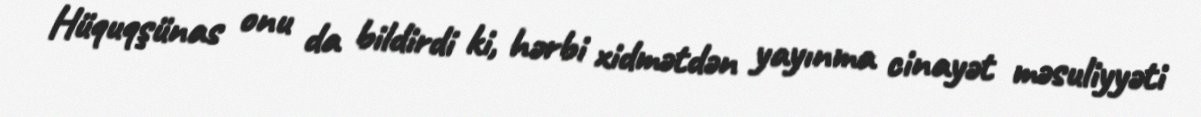
Hüquqşünas onu da bildirdi ki, hərbi xidmətdən yayınma cinayət məsuliyyəti